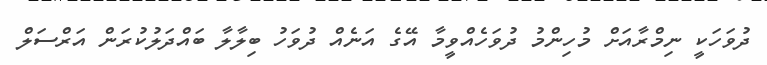
ދުވަހަކީ ނިމްރާއަށް މުހިންމު ދުވަހެއްވީމާ އޭގެ އަނެއް ދުވަހު ބިލާލާ ބައްދަލުކުރަން އަރްސަލް